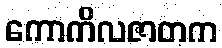
ကောကိလဇာတက